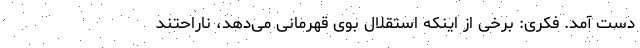
دست آمد. فکری: برخی از اینکه استقلال بوی قهرمانی می‌دهد، ناراحتند